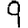
Digit: 9